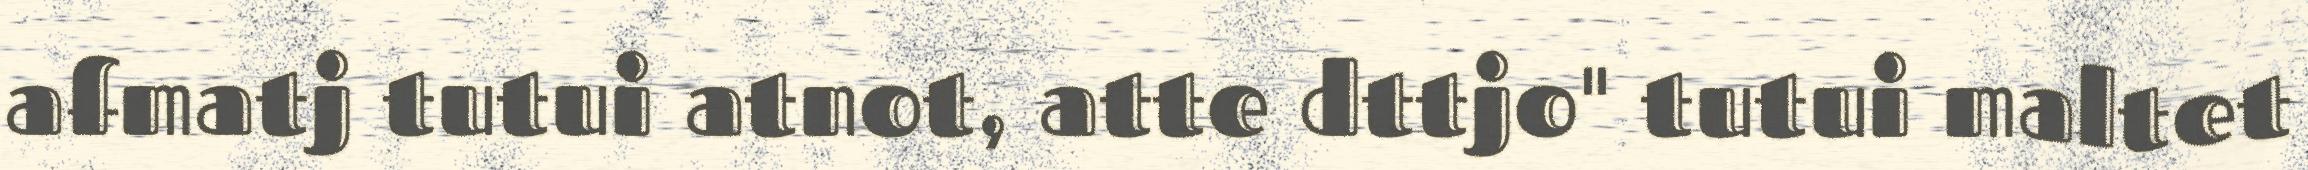
afmatj tutui atnot, atte dttjo" tutui maltet